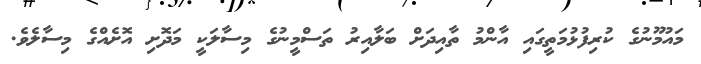
މައުމޫނުގެ ކުރިފުޅުމަތީގައި އާންމު ތާއިދަށް ބަލާއިރު ތަސްމީނުގެ މިސާލަކީ މަދޮށި އޮށެއްގެ މިސާލެވެ.